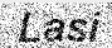
Lasi